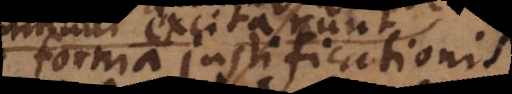
forma justificationis;